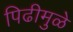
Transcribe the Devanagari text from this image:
पिढीमुळे